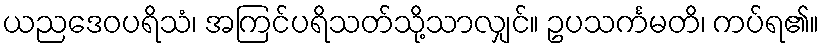
ယညဒေဝပရိသံ၊ အကြင်ပရိသတ်သို့သာလျှင်။ ဥပသင်္ကမတိ၊ ကပ်ရ၏။